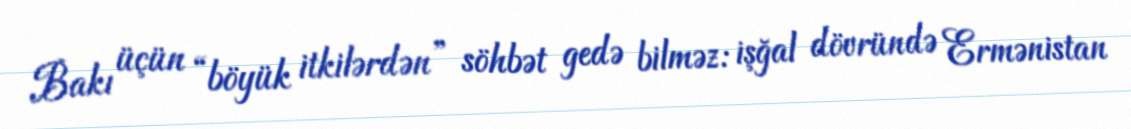
Bakı üçün “böyük itkilərdən” söhbət gedə bilməz: işğal dövründə Ermənistan